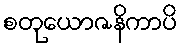
စတုယောဇနိကာပိ